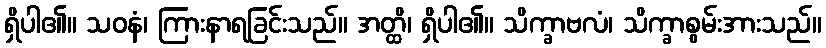
ရှိပါ၏။ သဝနံ၊ ကြားနာရခြင်းသည်။ အတ္ထိ၊ ရှိပါ၏။ သိက္ခာဗလံ၊ သိက္ခာစွမ်းအားသည်။